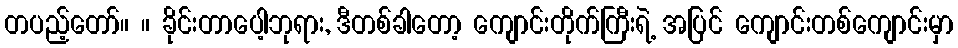
တပည့်တော်။ ။ ခိုင်းတာပေါ့ဘုရား, ဒီတစ်ခါတော့ ကျောင်းတိုက်ကြီးရဲ့ အပြင် ကျောင်းတစ်ကျောင်းမှာ